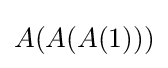
A(A(A(1)))